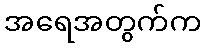
အရေအတွက်က